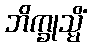
ဘိက္ခုသ္မိံ